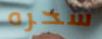
سحره